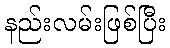
နည်းလမ်းဖြစ်ပြီး